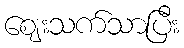
ဈေးသက်သာပြီး